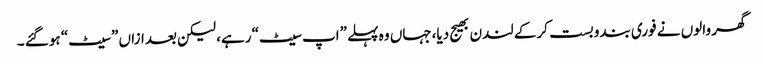
گھر والوں نے فوری بندوبست کرکے لندن بھیج دیا،جہاں وہ پہلے ”اپ سیٹ“ رہے، لیکن بعدازاں ”سیٹ“ ہوگئے ۔